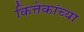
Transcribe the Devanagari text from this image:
कित्तेकांच्या